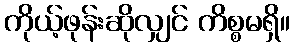
ကိုယ့်ဖုန်းဆိုလျှင် ကိစ္စမရှိ။